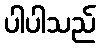
ပါပါသည်